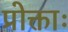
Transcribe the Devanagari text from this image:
प्रोक्ताः